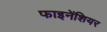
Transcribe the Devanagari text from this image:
फाइनेंशियर